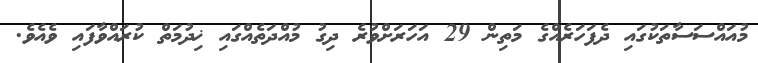
މުއައްސަސާތަކުގައި ދެފަހަރެއްގެ މަތިން 29 އަހަރަށްވުރެ ދިގު މުއްދަތެއްގައި ޚިދުމަތް ކުރައްވާފައި ވެއެވެ.